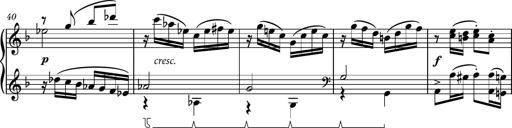
Title: Piano Sonatina No.8
Composer: Dimitri Sykias
Key: F major